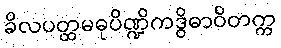
ခိလပတ္ထမဓုပိဏ္ဍိကဒွိဓာဝိတက္က